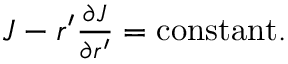
\begin{array} { r } { J - r ^ { \prime } \frac { \partial J } { \partial r ^ { \prime } } = \mathrm { c o n s t a n t } . } \end{array}